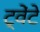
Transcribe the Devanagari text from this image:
ट्वेंटे